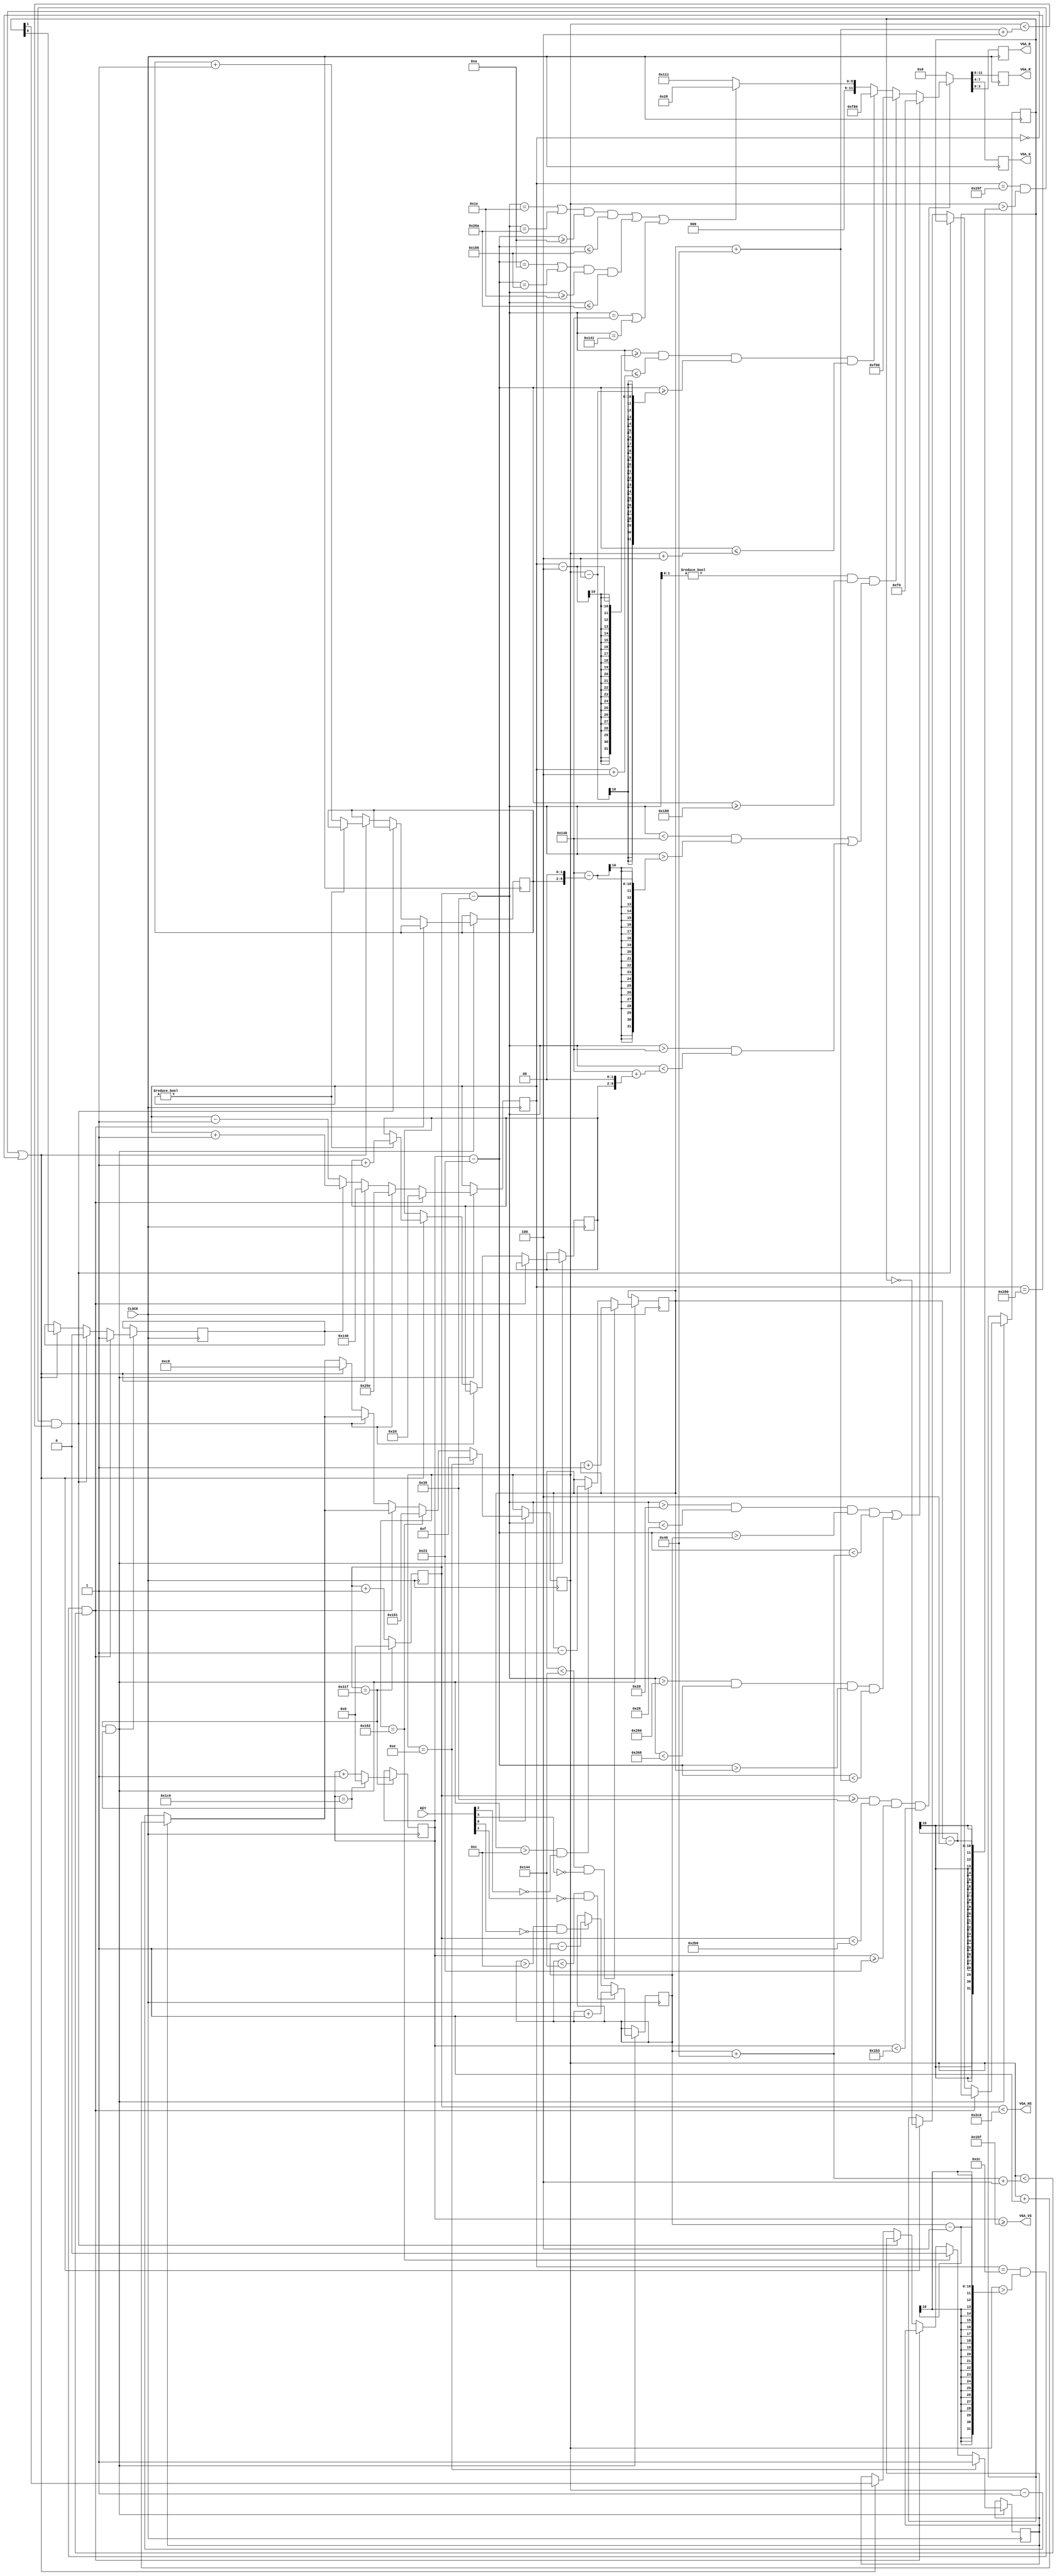
module adapter
(
    input   wire        CLOCK,
    output  reg  [3:0]  VGA_R,
    output  reg  [3:0]  VGA_G,
    output  reg  [3:0]  VGA_B,
    output  wire        VGA_HS,
    output  wire        VGA_VS,
    input   wire [3:0]  KEY
);

// ---------------------------------------------------------------------
// Тайминги для горизонтальной и вертикальной развертки
//        Visible    Front     Sync      Back      Whole
parameter hzv = 640, hzf = 16, hzs = 96, hzb = 48, hzw = 800,
          vtv = 400, vtf = 12, vts = 2,  vtb = 35, vtw = 449;
// ---------------------------------------------------------------------
assign VGA_HS = X  < (hzb + hzv + hzf); // NEG
assign VGA_VS = Y >= (vtb + vtv + vtf); // POS
// ---------------------------------------------------------------------
// Позиция луча в кадре и максимальные позиции (x,y)
reg  [ 9:0] X = 0; wire xmax = (X == hzw - 1);
reg  [ 9:0] Y = 0; wire ymax = (Y == vtw - 1);
wire [ 9:0] x = (X - hzb); // x=[0..639]
wire [ 9:0] y = (Y - vtb); // y=[0..399]
// ---------------------------------------------------------------------

reg  [9:0]  lf_player = 32;
reg  [9:0]  rt_player = 60;

reg  [1:0]  np; // Следующий ход
reg  [9:0]  x_bullet  = 320;
reg  [9:0]  y_bullet  = 200;
reg         x_dir     = 1'b0;
reg         y_dir     = 1'b0;
reg  [7:0]  lf_life;
reg  [7:0]  rt_life;

// Область рисования игрока
wire is_lf_player = x > 32  && x < 40    && y > lf_player && y < lf_player + 64;
wire is_rt_player = x > 608 && x < 608+8 && y > rt_player && y < rt_player + 64;
// Область рисования бордера
wire is_border  =   ((x == 30 || x == 618) && y >= 10 && y <= 390) ||
                    ((y == 10 || y == 390) && x >= 30 && x <= 618) ||
                     (x == 320 || x == 321);
// Рисование мяча
wire is_bullet  =   (x >= x_bullet - 4) && (x <= x_bullet + 4) &&
                    (y >= y_bullet - 4) && (y <= y_bullet + 4);

// Полоски выигранных матчей
wire is_life =
    (x[1:0] != 3'b00) && (y >= 392) &&
    ( (x < 320 && x > 320 - (lf_life << 2)) ||
      (x > 320 && x < 320 + (rt_life << 2))
    );

always @(posedge CLOCK) begin

    // Кадровая развертка
    X <= xmax ?         0 : X + 1;
    Y <= xmax ? (ymax ? 0 : Y + 1) : Y;

    // Игровая логика 60 кадров
    if (xmax && ymax) begin

        // Направление полета
        x_bullet <= x_dir ? x_bullet + 1'b1 : x_bullet - 1'b1;
        y_bullet <= y_dir ? y_bullet + 1'b1 : y_bullet - 1'b1;

        // Отбит левым игроком
        if      ((x_bullet == 40+4) && (y_bullet > lf_player-4) && (y_bullet < lf_player+64+4))
        begin x_bullet <= 40+4+1; x_dir <= 1'b1; end

        // Отбит правым игроком
        else if ((x_bullet == 607) && (y_bullet > rt_player-4) && (y_bullet < rt_player+64+4))
        begin x_bullet <= 607-1; x_dir <= 1'b0; end

        // Условия выигрыша
        else if (x_bullet == 0 || x_bullet == 640) begin

            x_bullet <= 320;
            y_bullet <= 200;
            x_dir    <= np[0];
            y_dir    <= np[1];

            if (x_bullet) rt_life <= rt_life + 1; // x_bullet=640
            else          lf_life <= lf_life + 1; // x_bullet=0

            np <= ~np;

        end

        // Отбивание
        if      (y_bullet ==  14) begin y_dir <= 1'b1; y_bullet <= 15; end
        else if (y_bullet == 386) begin y_dir <= 1'b0; y_bullet <= 385; end

        // Движение левого игрока
        if (lf_player > 12     && KEY[0] == 1'b0) lf_player <= lf_player - 1;
        if (lf_player < 390-66 && KEY[1] == 1'b0) lf_player <= lf_player + 1;

        // Движение правого игрока
        if (rt_player > 12     && KEY[2] == 1'b0) rt_player <= rt_player - 1;
        if (rt_player < 390-66 && KEY[3] == 1'b0) rt_player <= rt_player + 1;

    end

    // Вывод окна видеоадаптера
    if (X >= hzb && X < hzb + hzv && Y >= vtb && Y < vtb + vtv)
    begin
         {VGA_R, VGA_G, VGA_B} <=
            is_lf_player || is_rt_player ? 12'h0F0 :
            is_life   ? 12'hF00 :
            is_bullet ? 12'hF80 :
            is_border ? 12'h028 :
                        12'h111;
    end
    else {VGA_R, VGA_G, VGA_B} <= 12'b0;

end

endmodule